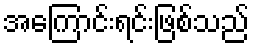
အကြောင်းရင်းဖြစ်သည်